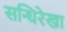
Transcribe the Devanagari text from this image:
सन्धिरेखा